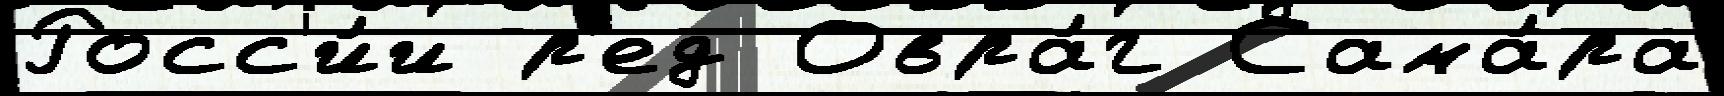
Росс'и́и р'ед Овра́г Сама́ра